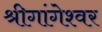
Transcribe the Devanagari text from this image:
श्रीगांगेश्वर